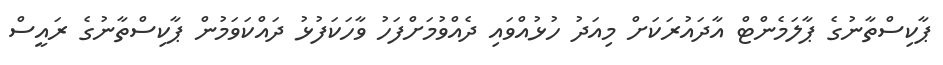
ޕާކިސްތާނުގެ ޕާލަމެންޓް އާދައުރަކަށް މިއަދު ހުޅުއްވައި ދެއްވުމަށްފަހު ވާހަކަފުޅު ދައްކަވަމުން ޕާކިސްތާނުގެ ރައީސް